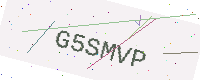
Text: G5SMVP